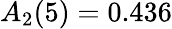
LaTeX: A_{2}(5)=0.436